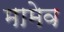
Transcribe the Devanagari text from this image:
मामेव